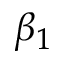
\beta _ { 1 }